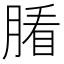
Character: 𦞖